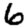
Digit: 6